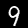
Digit: 9